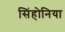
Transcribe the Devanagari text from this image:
सिंहोनिया